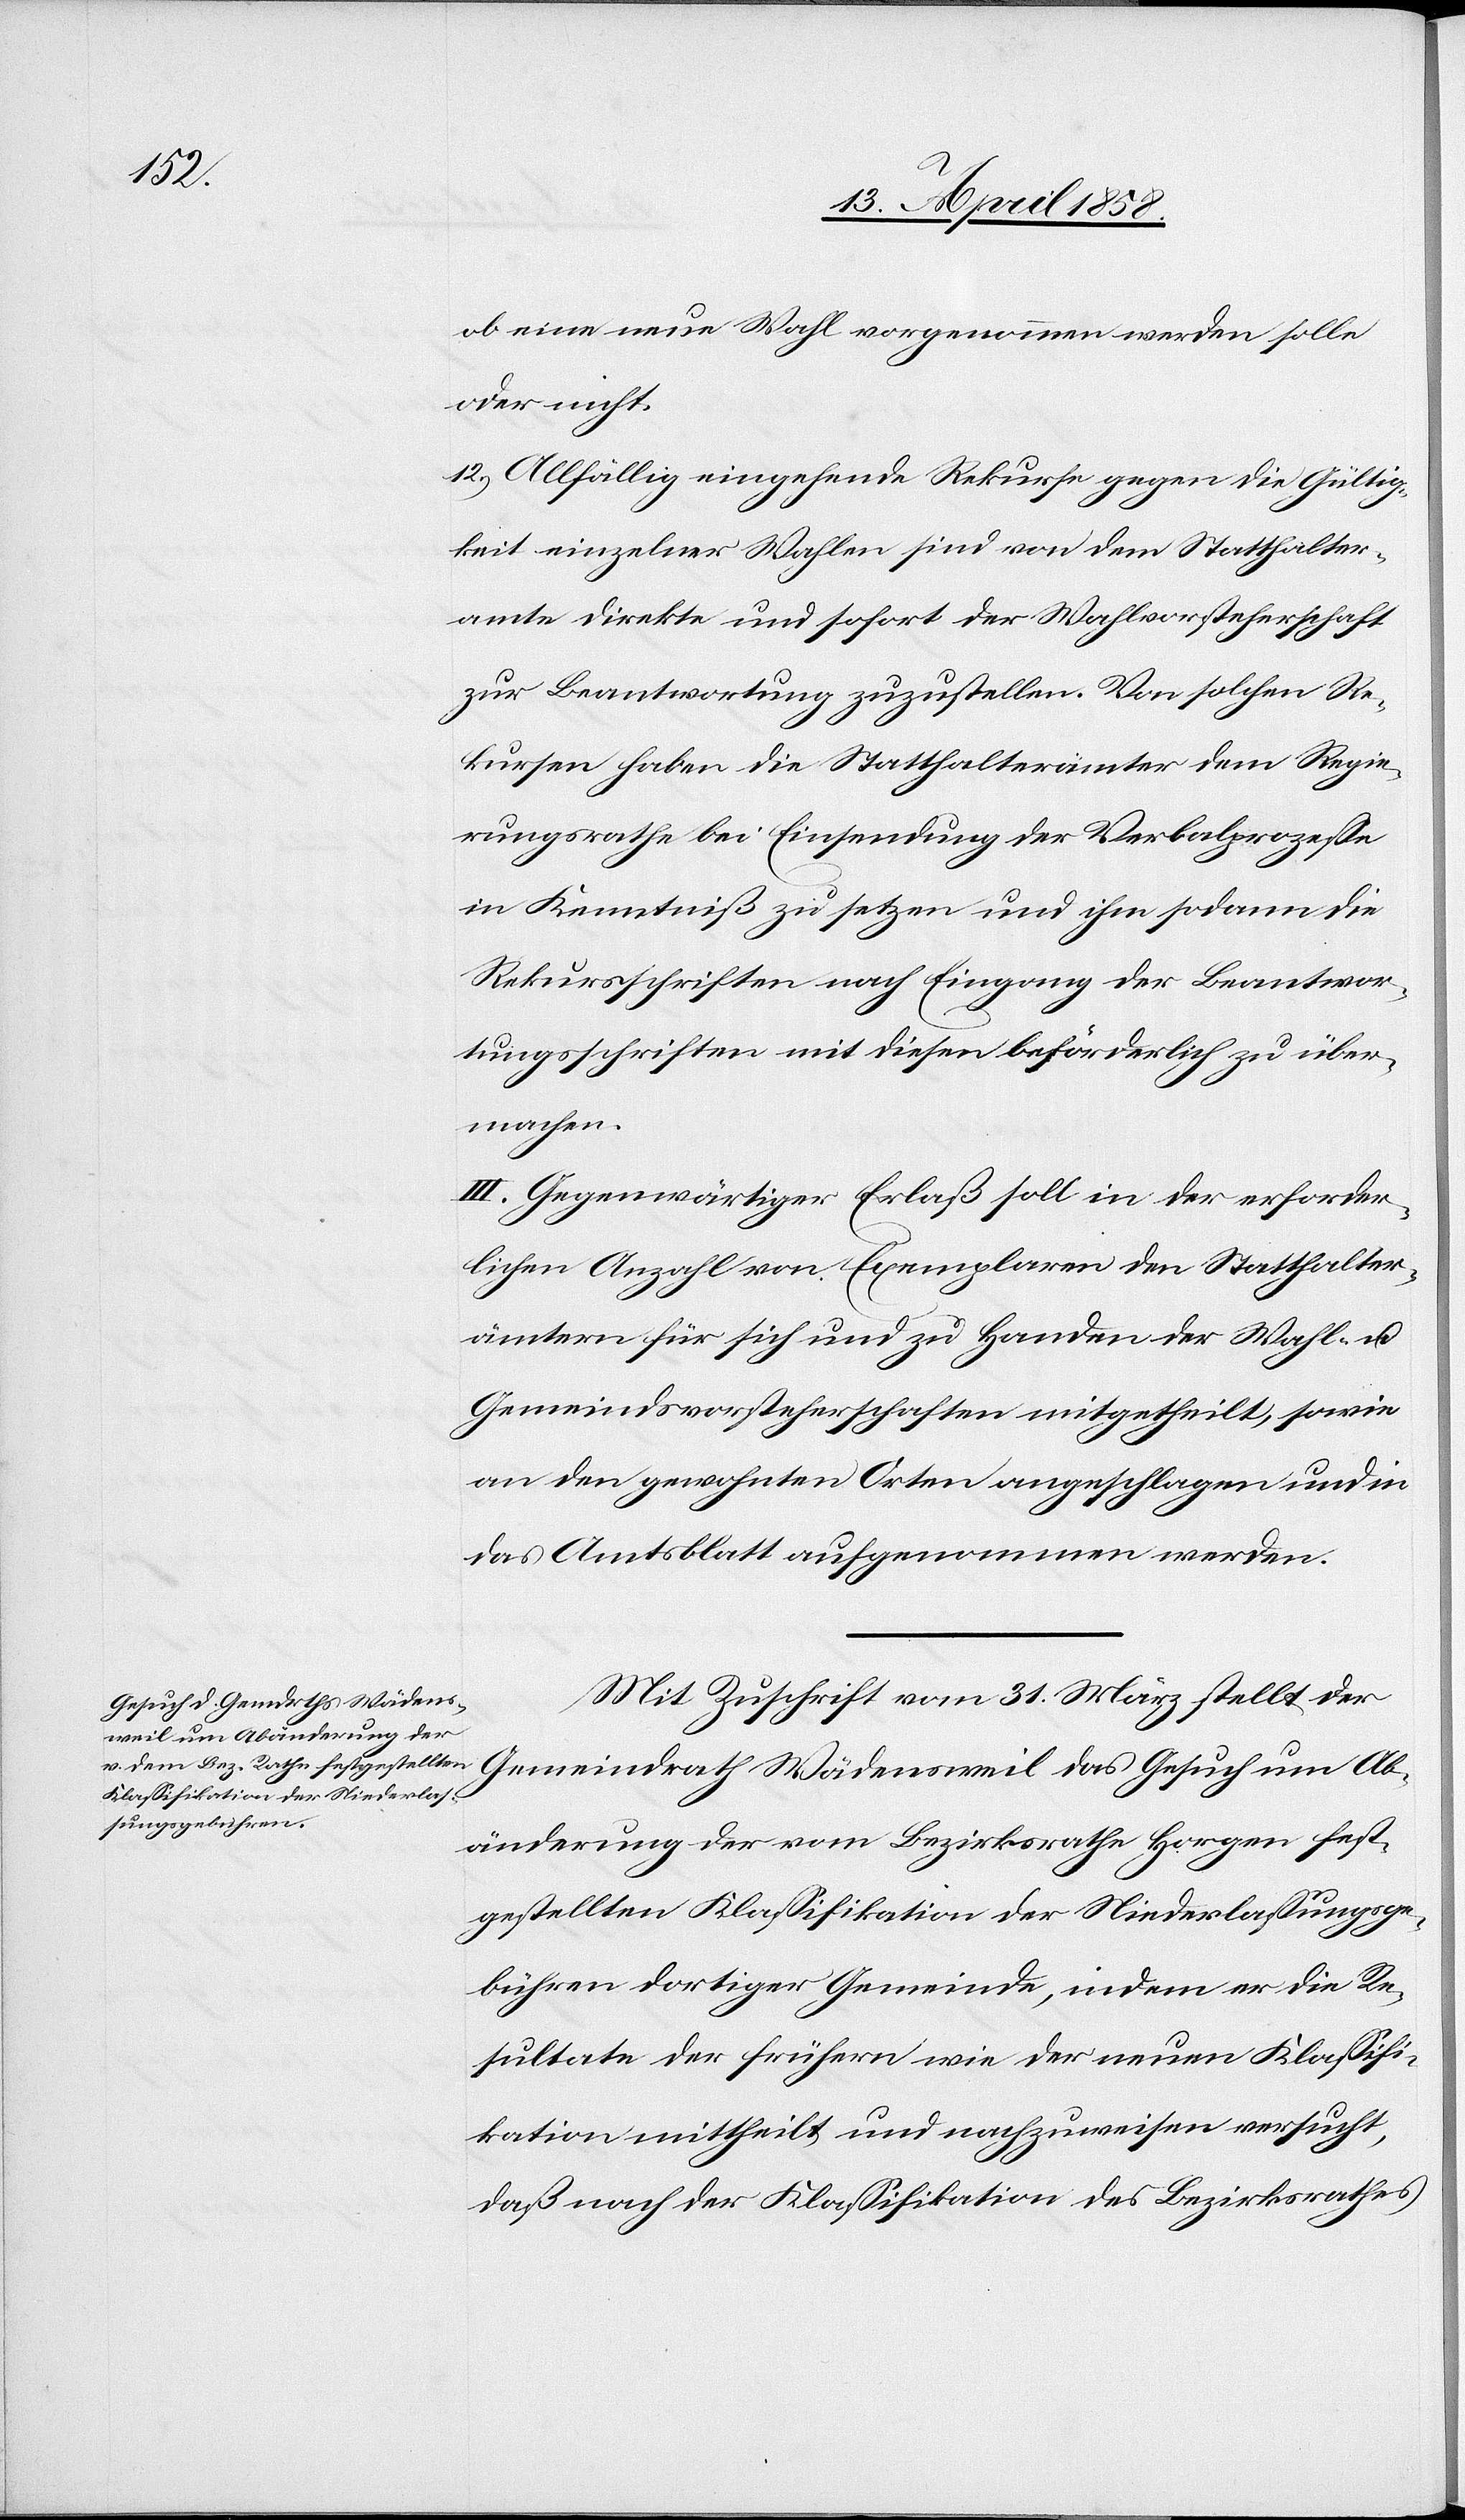
ob eine neue Wahl vorgenommen werden solle
oder nicht.
12. Allfällig eingehende Rekurse gegen die Gültig¬
keit einzelner Wahlen sind von dem Statthalter¬
amte direkte und sofort der Wahlvorsteherschaft
zur Beantwortung zuzustellen. Von solchen Re¬
kursen haben die Statthalterämter dem Regie¬
rungsrathe bei Einsendung der Verbalprozesse
in Kenntniß zu setzen und ihm sodann die
Rekursschriften nach Eingang der Beantwor¬
tungsschriften mit diesen beförderlich zu über¬
machen.
III. Gegenwärtiger Erlaß soll in der erforder¬
lichen Anzahl von Exemplaren den Statthalter¬
ämtern für sich und zu Handen der Wahl u.
Gemeindsvorsteherschaften mitgetheilt, sowie
an den gewohnten Orten angeschlagen und in
das Amtsblatt aufgenommen werden.
Mit Zuschrift vom 31. März stellt der
Gemeindrath Wädensweil das Gesuch um Ab¬
änderung der vom Bezirksrathe Horgen fest¬
gestellten Klassifikation der Niederlassungsge¬
bühren dortiger Gemeinde, indem er die Re¬
sultate der frühern wie der neuen Klassifi¬
kation mittheilt, und nachzuweisen ersucht,
daß nach der Klassifikation des Bezirksrathes